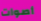
أصوات